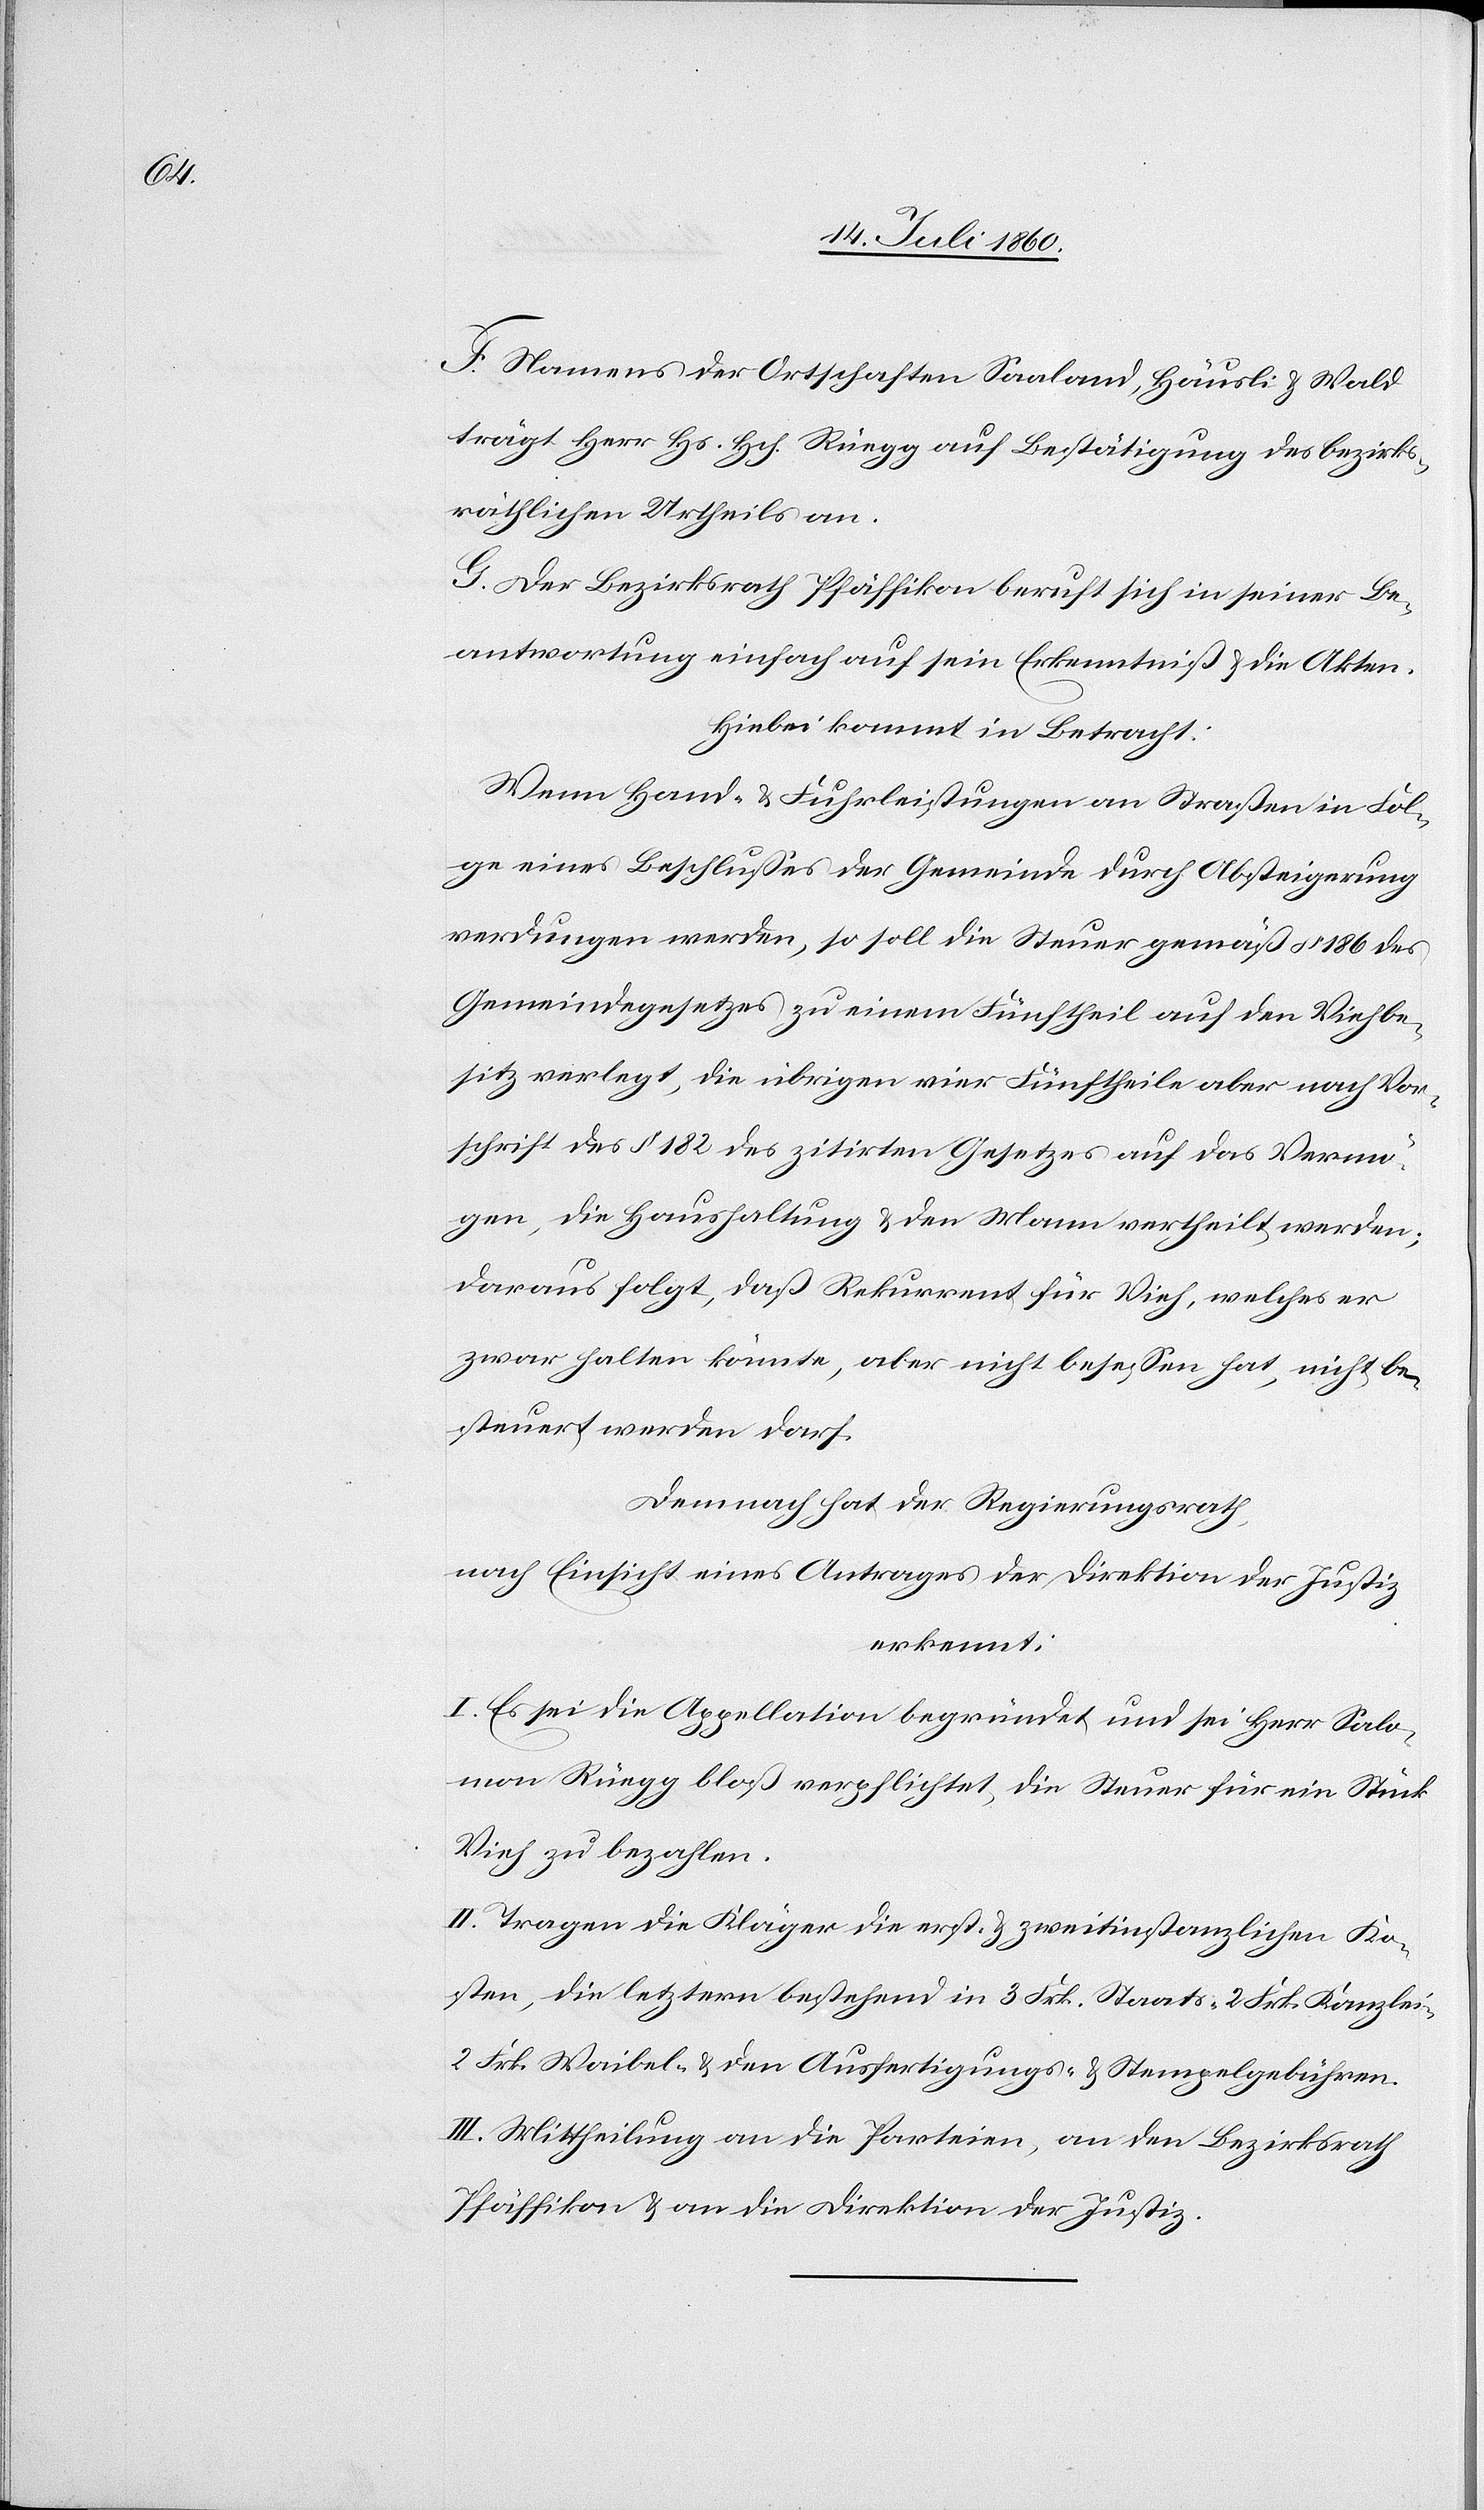
F. Namens der Ortschaften Saaland, Häusli & Wald
trägt Herr Hs. Hch. Rüegg auf Bestätigung des bezirks¬
räthlichen Urtheils an.
G. Der Bezirksrath Pfäffikon beruft sich in seiner Be¬
antwortung einfach auf sein Erkenntniß & die Akten.
Hiebei kommt in Betracht:
Wenn Hand- & Fuhrleistungen an Straßen in Fol¬
ge eines Beschlusses der Gemeinde durch Absteigerung
verdungen werden, so soll die Steuer gemäß § 186 des
Gemeindegesetzes zu einem Fünftheile auf den Viehbe¬
sitz verlegt, die übrigen vier Fünftheile aber nach Vor¬
schrift des § 182 des zitirten Gesetzes auf das Vermö¬
gen, die Haushaltung & den Mann vertheilt werden;
daraus folgt, daß Rekurrent für Vieh, welches er
zwar halten könnte, aber nicht besessen hat, nicht be¬
steuert werden darf.
Demnach hat der Regierungsrath,
nach Einsicht eines Antrages der Direktion der Justiz
erkennt:
I. Es sei die Appellation begründet und sei Herr Salo¬
mon Rüegg bloß verpflichtet, die Steuer für ein Stück
Vieh zu bezahlen.
II. Tragen die Kläger die erst- & zweitinstanzlichen Ko¬
sten, die letztern bestehend in 3 Frk. Staats- 2 Frk. Kanzlei-
2 Frk. Waibel- & Ausfertigungs- & Stempelgebühren.
III. Mittheilung an die Parteien, an den Bezirksrath
Pfäffikon & an die Direktion der Justiz.